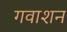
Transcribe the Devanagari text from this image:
गवाशन